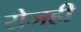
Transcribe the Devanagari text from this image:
रोजही